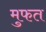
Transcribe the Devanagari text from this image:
मुफत